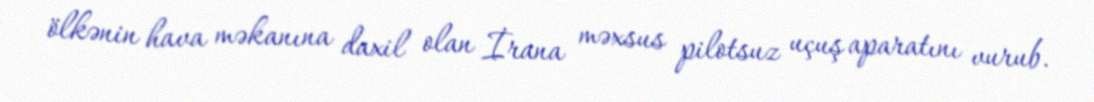
ölkənin hava məkanına daxil olan İrana məxsus pilotsuz uçuş aparatını vurub.